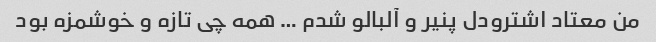
من‌ معتاد اشترودل پنیر و آلبالو شدم … همه چی تازه و خوشمزه بود